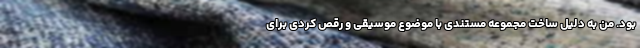
بود. من به دلیل ساخت مجموعه مستندی با موضوع موسیقی و رقص کردی برای